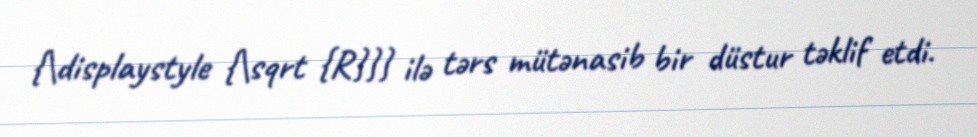
{\displaystyle {\sqrt {R}}} ilə tərs mütənasib bir düstur təklif etdi.